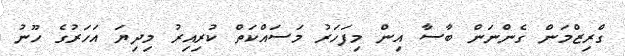
ގްރިޒްމަން ގެންނަން ބާސާ އިން މިފަހަރު މަސައްކަތް ކުރިއިރު މިދިޔަ އަހަރުގެ ހޫނު